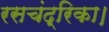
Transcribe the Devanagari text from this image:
रसचंद्रिका।